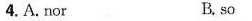
4. A. Nor B. so